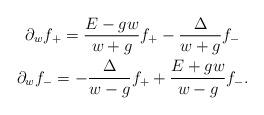
LaTeX: \begin{align*}\begin{gathered}\partial_wf_+=\frac{E-gw}{w+g}f_+-\frac{\Delta}{w+g}f_- \\\partial_wf_-=-\frac{\Delta}{w-g}f_++\frac{E+gw}{w-g}f_-.\end{gathered}\end{align*}